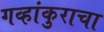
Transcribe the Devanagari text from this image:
गव्हांकुराचा